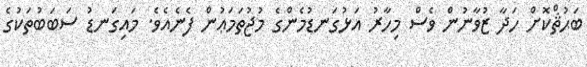
ބަޙުޘްކޮށް ހަދާ ޒުވާނުން ވެސް މިހާރު އަޅުގަނޑުމެންގެ މުޖުތަމަޢުން ފެނެއެވެ. މައިގަނޑު ސަބަބުތަކުގެ